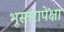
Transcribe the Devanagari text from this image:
भूस्तरापेक्षा